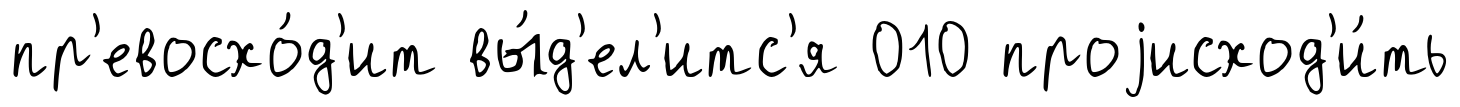
пр'евосхо́д'ит вы́д'ел'итс'я 010 проjисход'и́ть